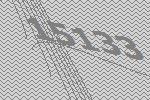
15133